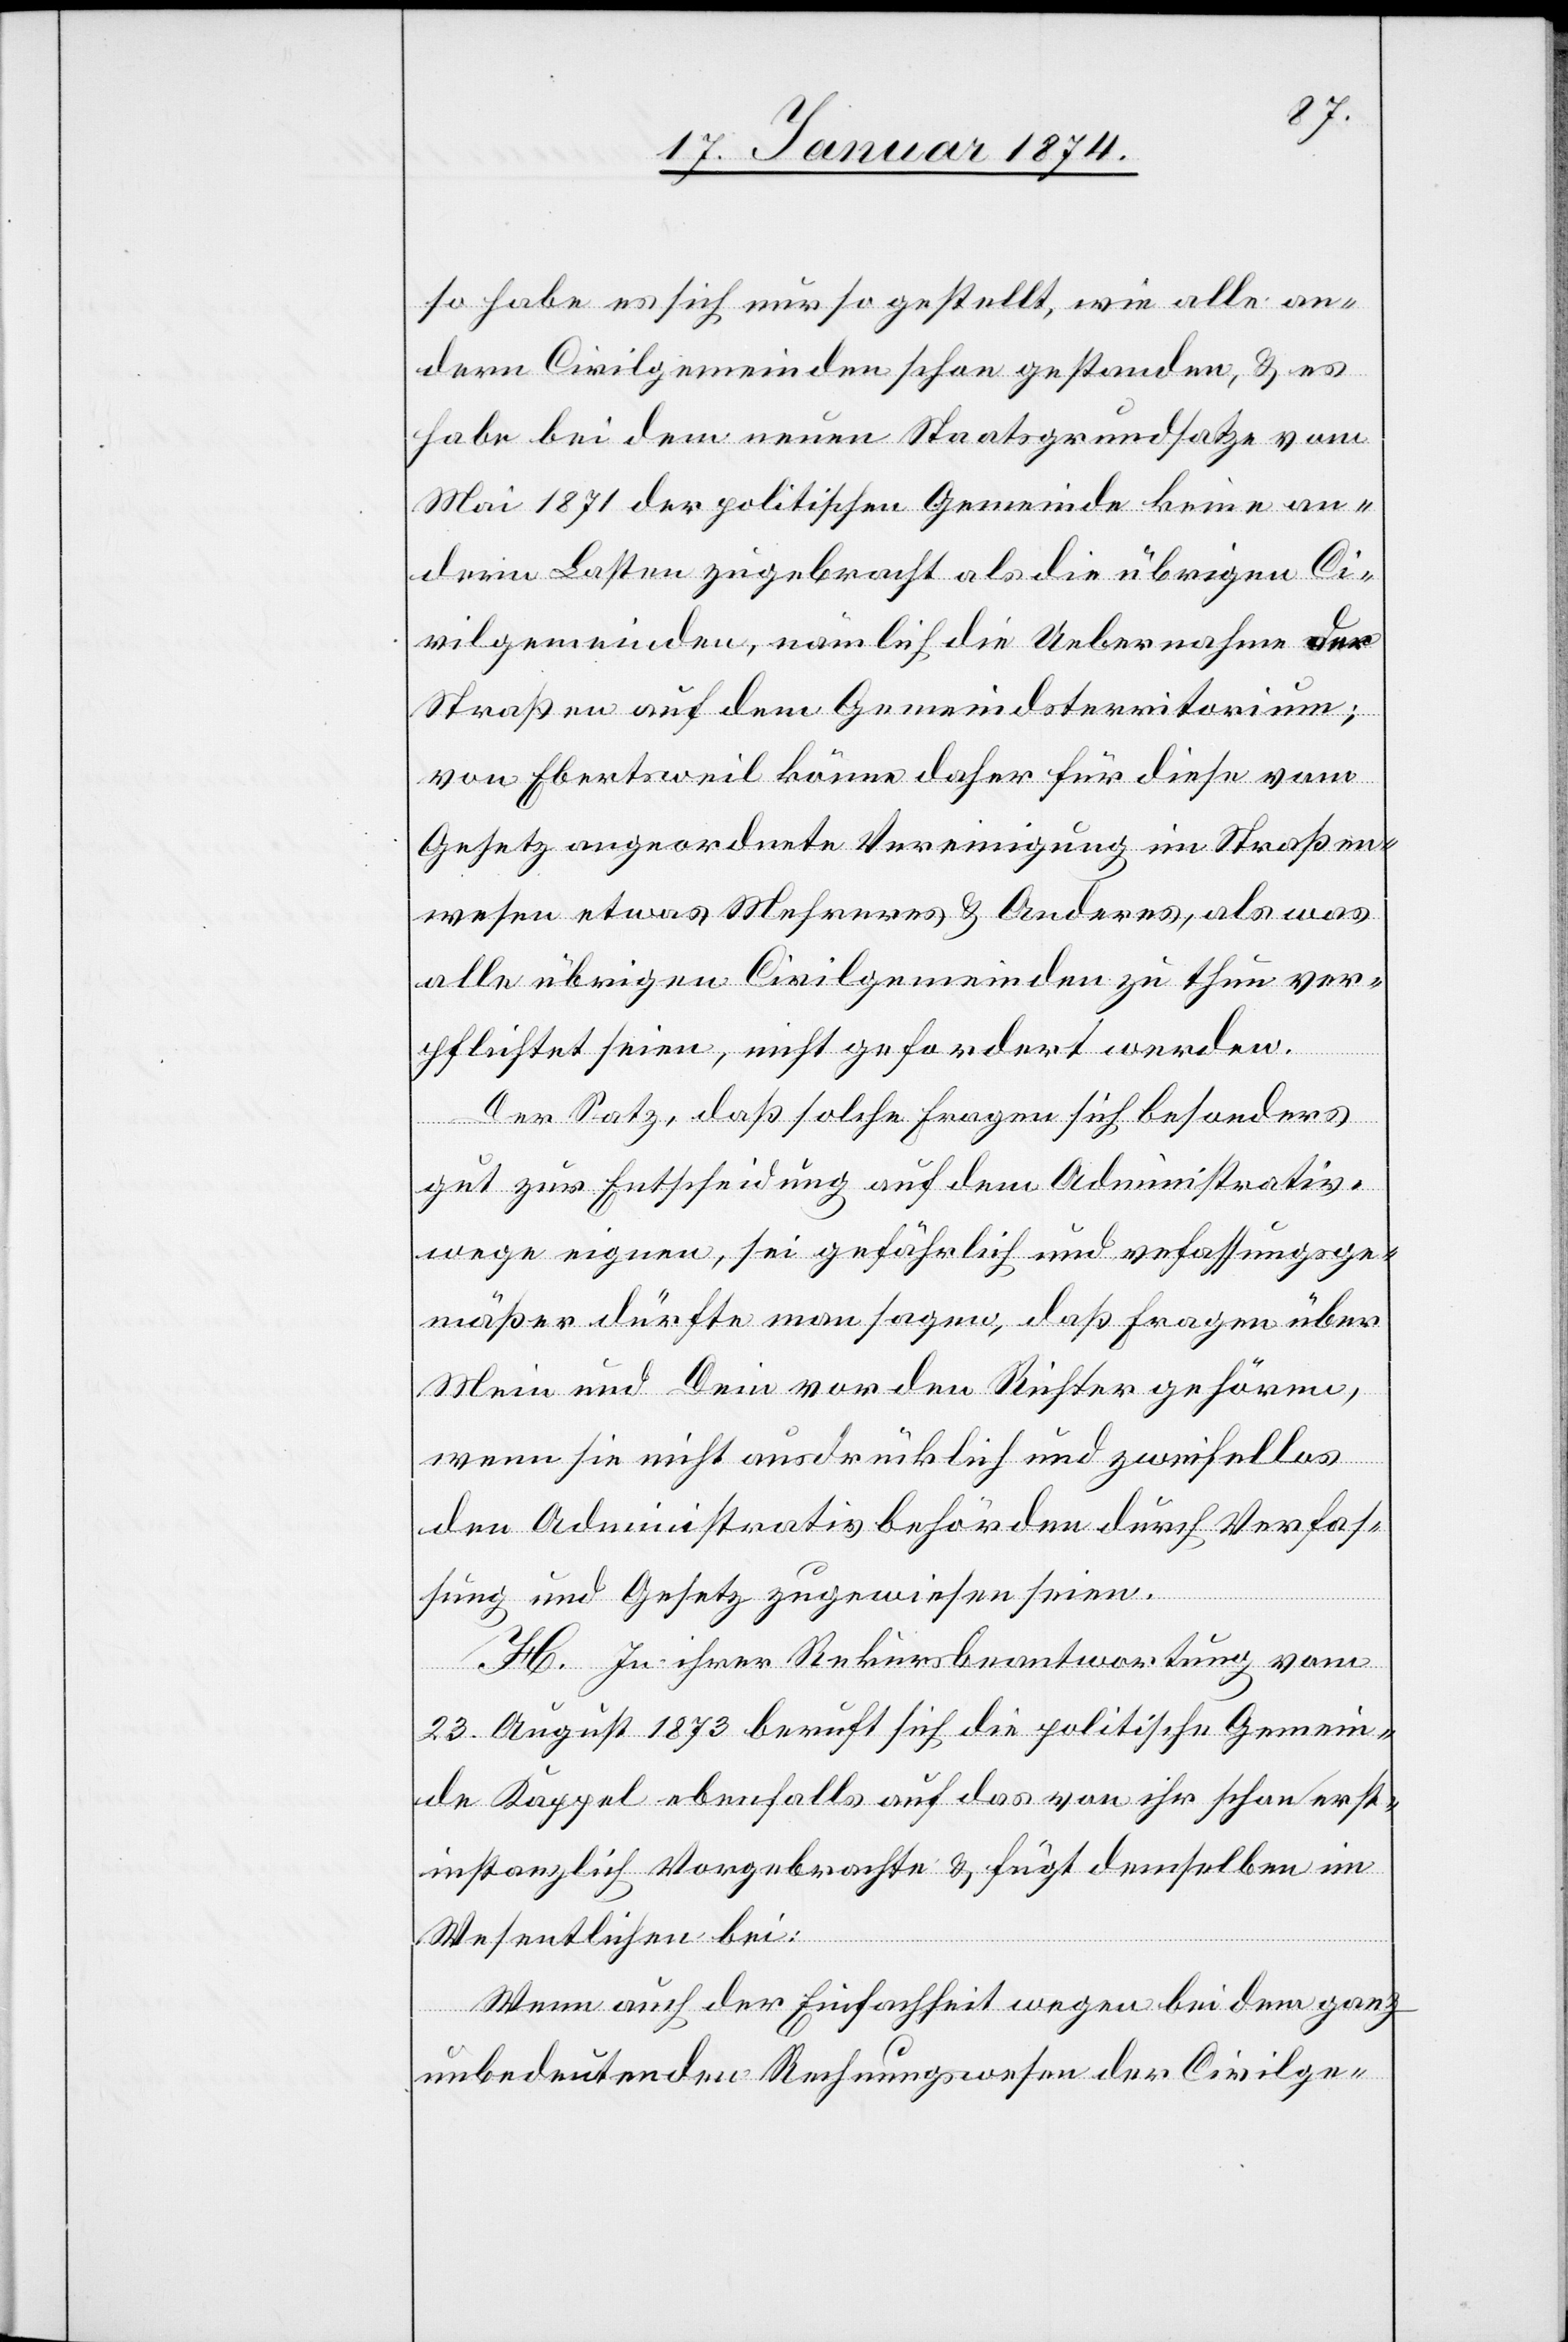
so habe es sich nur so gestellt, wie alle an¬
dern Civilgemeinden schon gestanden, & es
habe bei dem neuen Staatsgrundsatze vom
Mai 1871 der politischen Gemeinde keine an¬
dern Lasten zugebracht als die übrigen Ci¬
vilgemeinden, nämlich die Uebernahme der
Straßen auf dem Gemeindsterritorium;
von Ebertsweil könne daher für diese vom
Gesetz angeordnete Vereinigung im Straßen¬
wesen etwas Mehreres & Anderes, als was
alle übrigen Civilgemeinden zu thun ver¬
pflichtet seien, nicht gefordert werden.
Der Satz, daß solche Fragen sich besonders
gut zur Entscheidung auf dem Administrativ¬
wege eignen, sei gefährlich und ve[r]fassungsge¬
mäßer dürfte man sagen, daß Fragen über
Mein und Dein vor den Richter gehören,
wenn sie nicht ausdrücklich und zweifellos
der Administrativbehörden durch Verfas¬
sung und Gesetz zugewiesen seien.
H. In ihrer Rekursbeantwortung vom
23. August 1873 beruft sich die politische Gemein¬
de Kappel ebenfalls auf das von ihr schon erst¬
instanzlich Vorgebrachte & fügt demselben im
Wesentlichen bei:
Wenn auch der Einfachheit wegen bei dem ganz
unbedeutenden Rechnungswesen der Civilge-